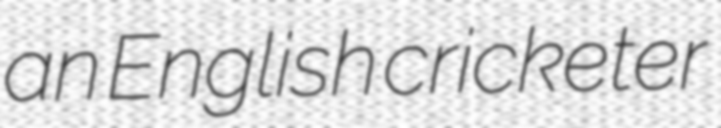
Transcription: an English cricketer